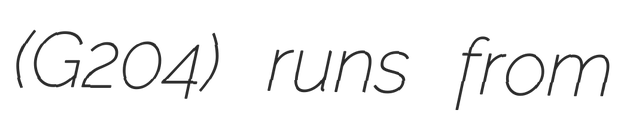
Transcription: (G204) runs from